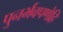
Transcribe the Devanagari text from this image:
पुनर्भवपणेहि